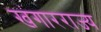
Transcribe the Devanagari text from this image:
खंगारराज्य